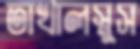
তাখালস্নুস